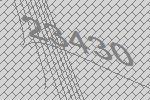
23430